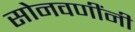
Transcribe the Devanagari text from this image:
सोनवणींनी